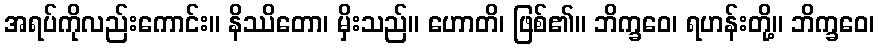
အရပ်ကိုလည်းကောင်း။ နိဿိတော၊ မှိးသည်။ ဟောတိ၊ ဖြစ်၏။ ဘိက္ခဝေ၊ ရဟန်းတို့။ ဘိက္ခဝေ၊